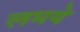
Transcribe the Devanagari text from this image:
लमये